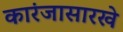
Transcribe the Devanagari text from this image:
कारंजासारखे